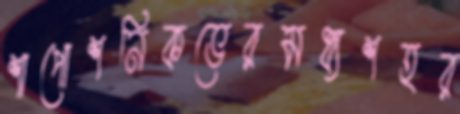
শাপোশনিকভেরমধ্যশহর